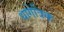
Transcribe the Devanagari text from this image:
धागेत्रिक